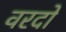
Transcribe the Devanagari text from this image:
वरदो